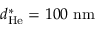
d _ { \mathrm { H e } } ^ { \ast } = 1 0 0 ~ \mathrm { n m }